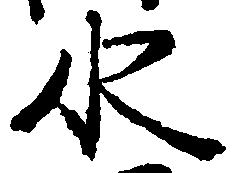
水